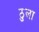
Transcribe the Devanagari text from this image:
ठुला